Civil Veterinary Dept. Bombay admin report 1932-41 - 1932-1941
Year: 1932
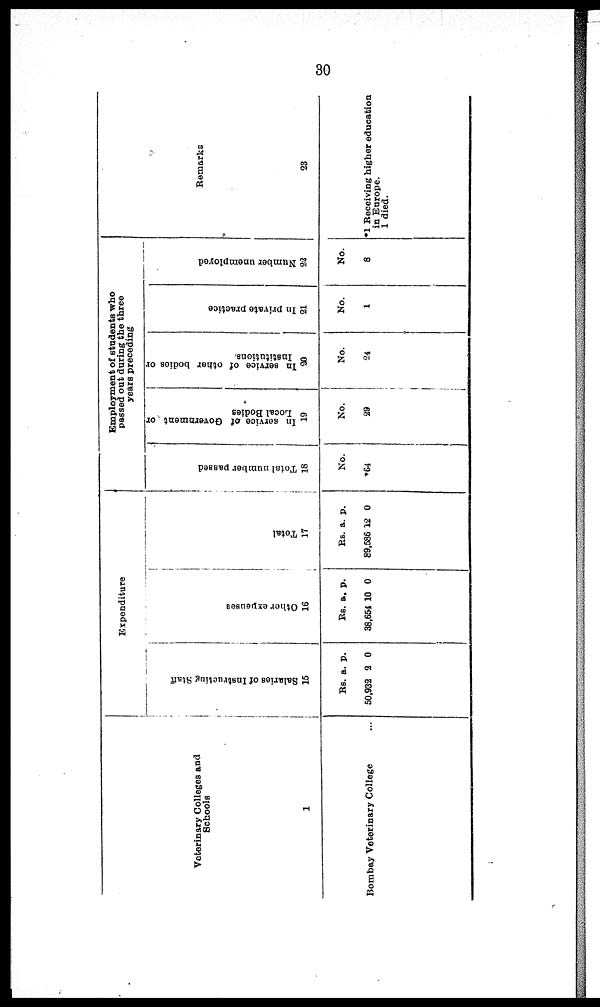
30
Veterinary Colleges and
Schools
1
Bombay Veterinary College ...
Expenditure
Salaries of Instructing Staff
15
Rs.
50,932
a. p
2
.
0
Ot her expenses
16
Rs.
38,654
a.
10
p.
0
Tot al
17
Rs.
89,586
a.
12
p.
0
Employment of students who
passed out during the three
years preceding
Tot al number passed
18
No.
*64
In service of Government or
Local Bodies
19
No.
29
In
service of other bodies or
Institutions,
20
No.
24
In
private practice
21
No.
1
Number unemployed
22
No.
8
Remarks
23
*1 Receiving higher education
in Europe.
1 died.